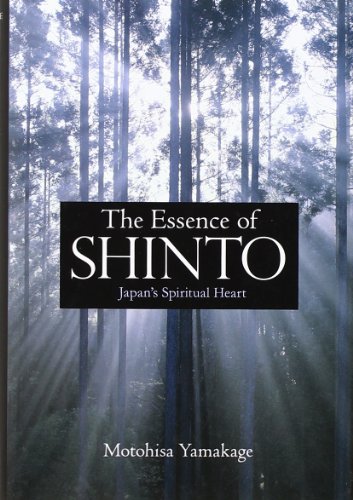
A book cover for The Essence of Shinto: Japan's Spiritual Heart; Motohisa Yamakage; Religion & Spirituality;